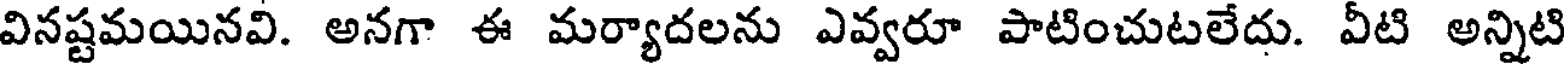
వినష్టమయినవి. అనగా ఈ మర్యాదలను ఎవ్వరూ పాటించుటలేదు. వీటి అన్నిటి